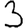
Digit: 3